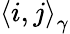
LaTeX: \left\langle i,j\right\rangle_{\gamma}